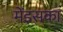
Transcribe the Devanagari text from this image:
मेंइसका